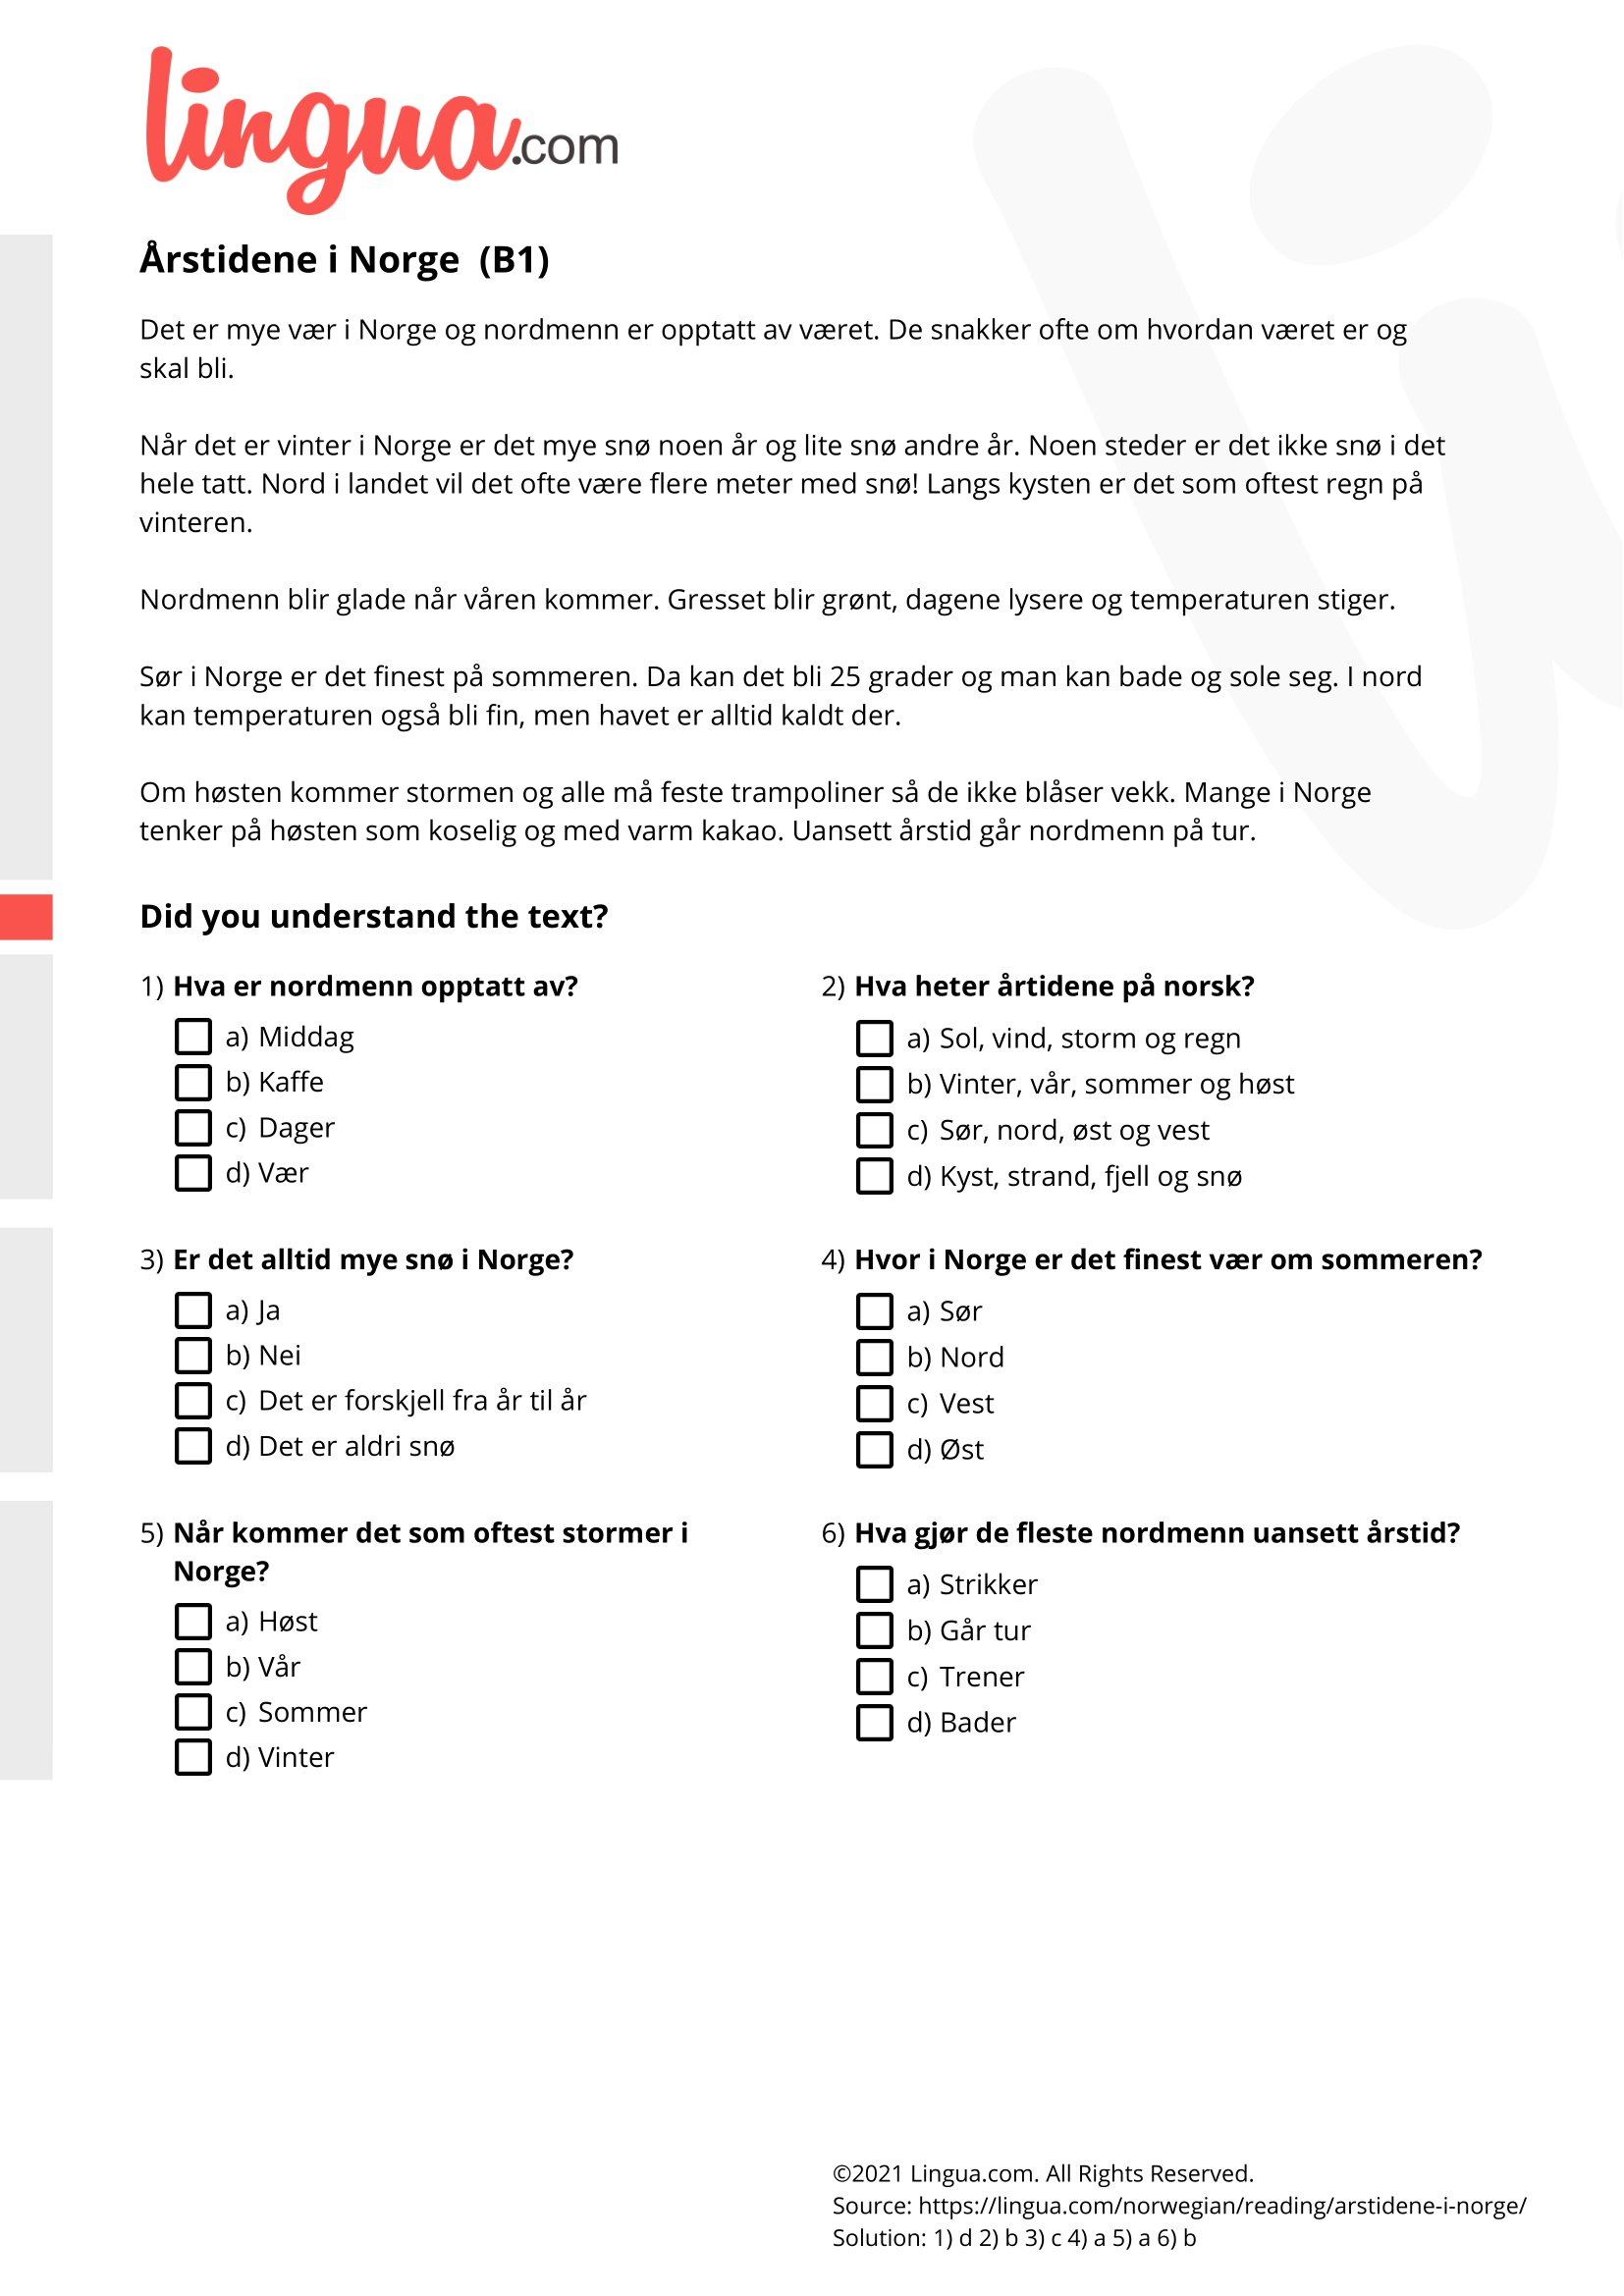
Language: no